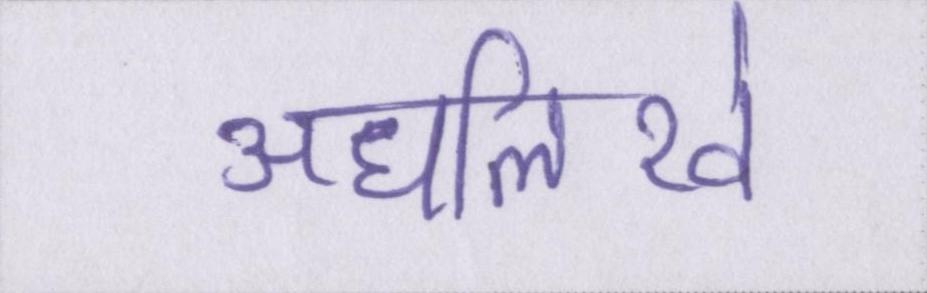
अधलिखे